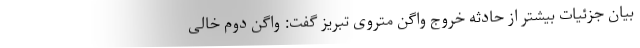
بیان جزئیات بیشتر از حادثه خروج واگن متروی تبریز گفت: واگن دوم خالی